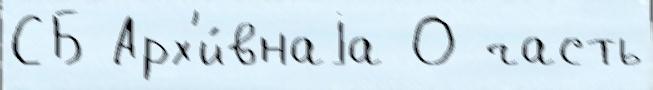
СБ Арх'и́внаjа О часть